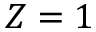
Z = 1